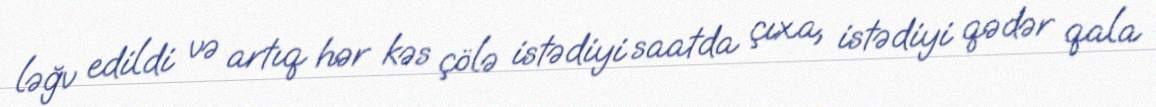
ləğv edildi və artıq hər kəs çölə istədiyi saatda çıxa, istədiyi qədər qala